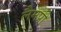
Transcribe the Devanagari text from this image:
लैमप्री